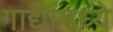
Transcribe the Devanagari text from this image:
गाद्यांमध्ये